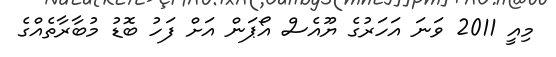
މިއީ 2011 ވަނަ އަހަރުގެ ޔޫއެސް އޯޕަން އަށް ފަހު ބޮޑު މުބާރާތެއްގެ